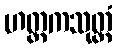
ဟတ္ထကသုတ္တံ